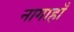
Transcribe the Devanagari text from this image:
नागाहाँ